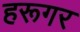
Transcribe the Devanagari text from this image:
हरूगर